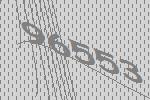
96553